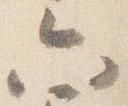
六